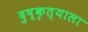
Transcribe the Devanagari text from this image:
दुष्कृत्याला